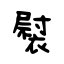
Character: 褽